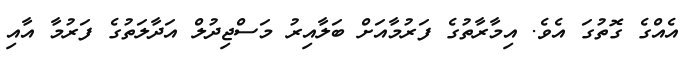
އެއްގެ ގޮތުގަ އެވެ. އިމާރާތުގެ ފަރުމާއަށް ބަލާއިރު މަސްޖިދުލް އަދާލަތުގެ ފަރުމާ އާއި